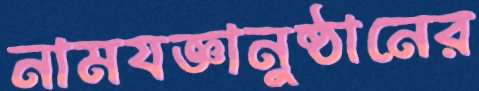
নামযজ্ঞানুষ্ঠানের